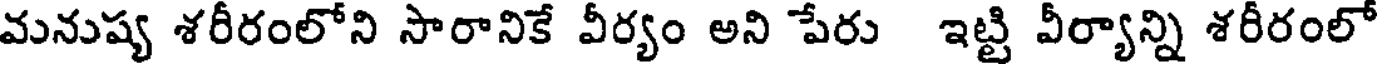
మనుష్య శరీరంలోని సారానికే వీర్యం అని పేరు ఇట్టి వీర్యాన్ని శరీరంలో